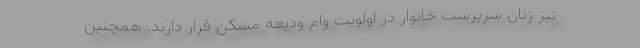
نیز زنان سرپرست خانوار در اولویت وام ودیعه مسکن قرار دارند. همچنین